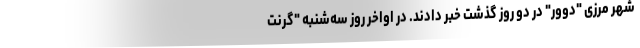
شهر مرزی "دوور" در دو روز گذشت خبر دادند. در اواخر روز سه‌شنبه "گرنت